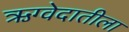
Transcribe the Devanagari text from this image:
ऋग्वेदातीला